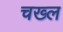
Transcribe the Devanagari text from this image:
चख्ल